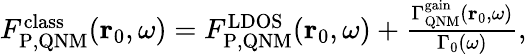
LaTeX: \begin{array}{r}{F_{\mathrm{P,QNM}}^{\mathrm{class}}(\mathbf{r}_{0},\omega)=F_{\mathrm{P,QNM}}^{\mathrm{LDOS}}(\mathbf{r}_{0},\omega)+\frac{\Gamma_{\mathrm{QNM}}^{\mathrm{gain}}(\mathbf{r}_{0},\omega)}{\Gamma_{0}(\omega)},}\end{array}